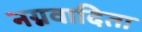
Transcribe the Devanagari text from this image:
नग्नवादिता